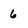
Character: 6